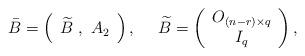
LaTeX: \begin{align*}\bar{B}=\left(\begin{array}{l}\widetilde{B}\ ,\ A_{2}\end{array}\right),\ \ \ \ \widetilde{B}=\left(\begin{array}{c}O_{\left( n-r\right) \times q} \\I_{q}\end{array}\right), \end{align*}